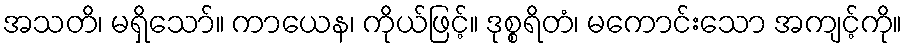
အသတိ၊ မရှိသော်။ ကာယေန၊ ကိုယ်ဖြင့်။ ဒုစ္စရိတံ၊ မကောင်းသော အကျင့်ကို။